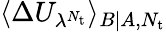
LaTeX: \langle\Delta U_{\lambda^{N_{\mathrm{t}}}}\rangle_{B|A,N_{\mathrm{t}}}